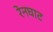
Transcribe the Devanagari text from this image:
रेनघाट